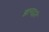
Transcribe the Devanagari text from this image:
ज्ञानाद्वारे